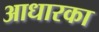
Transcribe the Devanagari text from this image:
आधारका